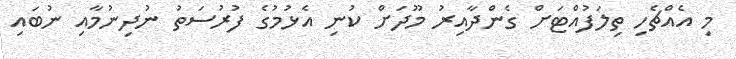
މި އެއްޗެހި ތިލަފުއްޓަށް ގެންދާއިރު މޫދަށް ކުނި އެޅުމުގެ ފުރުސަތު ނުދިނުމާއި ނުބައި